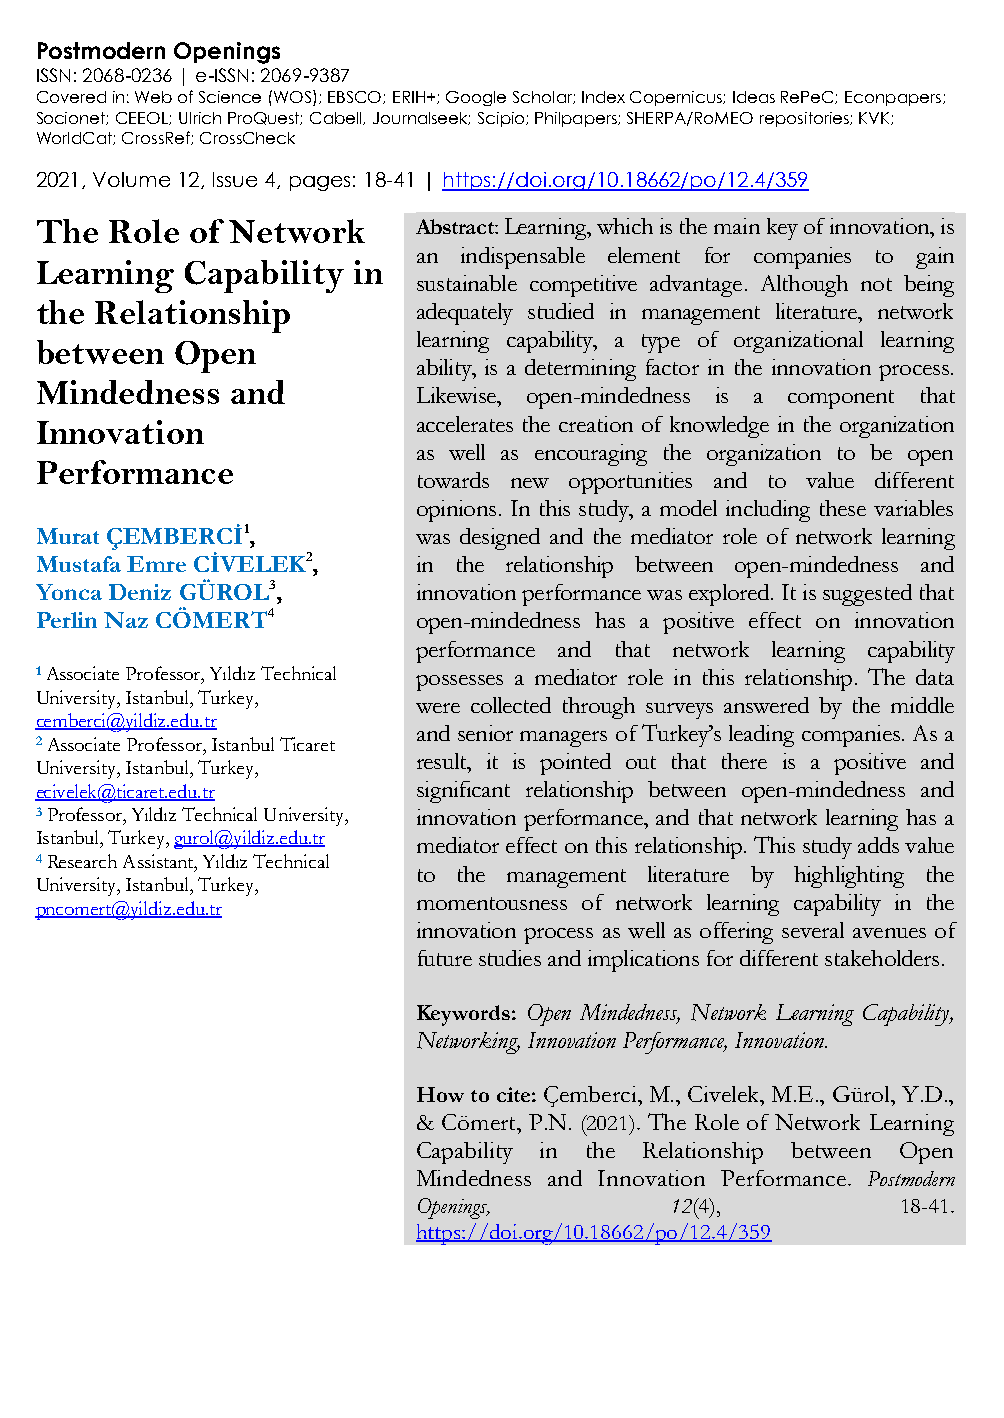
Postmodern Openings
 ISSN: 2068-0236 | e-ISSN: 2069-9387
 Covered in: Web of Science (WOS); EBSCO; ERIH+; Google Scholar; Index Copernicus; Ideas RePeC; Econpapers;
 Socionet; CEEOL; Ulrich ProQuest; Cabell, Journalseek; Scipio; Philpapers; SHERPA/RoMEO repositories; KVK;
 WorldCat; CrossRef; CrossCheck
 2021, Volume 12, Issue 4, pages: 18-41 | https://doi.org/10.18662/po/12.4/359
 The  Role  of Network     Abstract: Learning, which is the main key of innovation, is
 an indispensable element for companies to gain
 Learning  Capability in
 sustainable competitive advantage. Although not being
 the Relationship          adequately studied in management literature, network
 learning capability, a type of organizational learning
 between   Open
 ability, is a determining factor in the innovation process.
 Mindedness   and
 Likewise, open-mindedness is a component that
 Innovation                accelerates the creation of knowledge in the organization
 as well as encouraging the organization to be open
 Performance
 towards new opportunities and to value different
 opinions. In this study, a model including these variables
 Murat ÇEMBERCİ1,          was designed and the mediator role of network learning
 Mustafa Emre CİVELEK2,    in the relationship between open-mindedness and
 Yonca Deniz GÜROL3,       innovation performance was explored. It is suggested that
 Perlin Naz CÖMERT4        open-mindedness has a positive effect on innovation
 performance and that network learning capability
 1 Associate Professor, Yıldız Technical possesses a mediator role in this relationship. The data
 University, Istanbul, Turkey, were collected through surveys answered by the middle
 cemberci@yildiz.edu.tr
 and senior managers of Turkey’s leading companies. As a
 2 Associate Professor, Istanbul Ticaret
 result, it is pointed out that there is a positive and
 University, Istanbul, Turkey,
 ecivelek@ticaret.edu.tr   significant relationship between open-mindedness and
 3 Professor, Yıldız Technical University, innovation performance, and that network learning has a
 Istanbul, Turkey, gurol@yildiz.edu.tr mediator effect on this relationship. This study adds value
 4 Research Assistant, Yıldız Technical
 to the management literature by highlighting the
 University, Istanbul, Turkey,
 momentousness of network learning capability in the
 pncomert@yildiz.edu.tr
 innovation process as well as offering several avenues of
 future studies and implications for different stakeholders.
 Keywords: Open Mindedness, Network Learning Capability,
 Networking, Innovation Performance, Innovation.
 How to cite: Çemberci, M., Civelek, M.E., Gürol, Y.D.,
 & Cömert, P.N. (2021). The Role of Network Learning
 Capability in the Relationship between Open
 Mindedness and Innovation Performance. Postmodern
 Openings,       12(4),          18-41.
 https://doi.org/10.18662/po/12.4/359